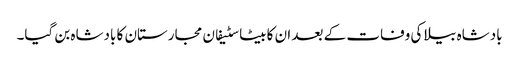
بادشاہ بیلا کی وفات کے بعد ان کا بیٹا سٹیفان مجارستان کا بادشاہ بن گیا۔